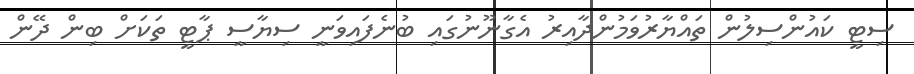
ސިޓީ ކައުންސިލުން ތައްޔާރުވަމުންދާއިރު އެގާނޫނުގައި ބުނެފައިވަނީ ސިޔާސީ ޕާޓީ ތަކަށް ބިން ދޭން